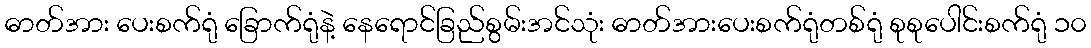
ဓာတ်အား ပေးစက်ရုံ ခြောက်ရုံနဲ့ နေရောင်ခြည်စွမ်းအင်သုံး ဓာတ်အားပေးစက်ရုံတစ်ရုံ စုစုပေါင်းစက်ရုံ ၁၀